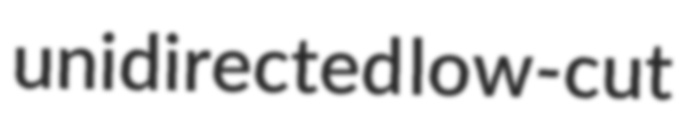
unidirected low-cut